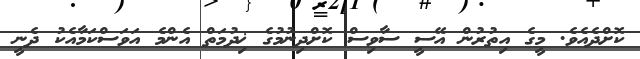
ކޮށްދެއެެވެ. މީގެ އިތުރުން އޭސީ ސާވިސް ކޮށްދިނުމުގެ ޚިދުމަތް އެންމެ އަވަސްކަމާއެކު ދެނީ